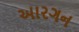
આરગન